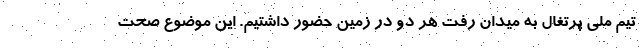
تیم ملی پرتغال به میدان رفت هر دو در زمین حضور داشتیم. این موضوع صحت